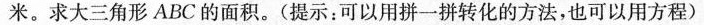
米。求大三角形ABC的面积。(提示：可以用拼一拼转化的方法，也可以用方程)